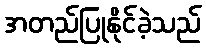
အတည်ပြုနိုင်ခဲ့သည်